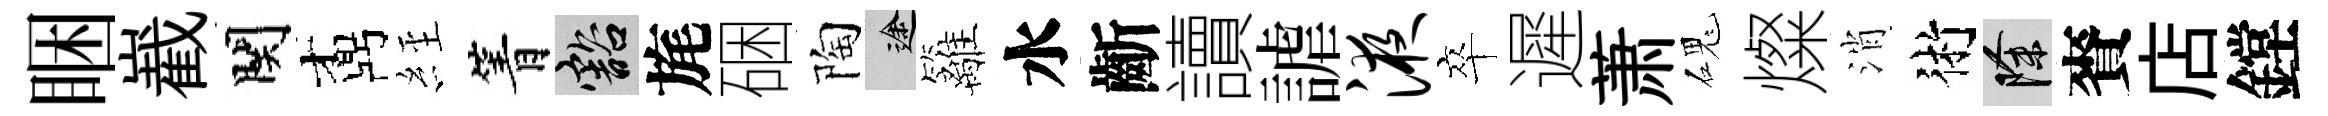
睏嶻関鼒𦀇箐豁旄硱陶途籬水齗讀謔液卒遲萧磈燦消術除賚店鏜